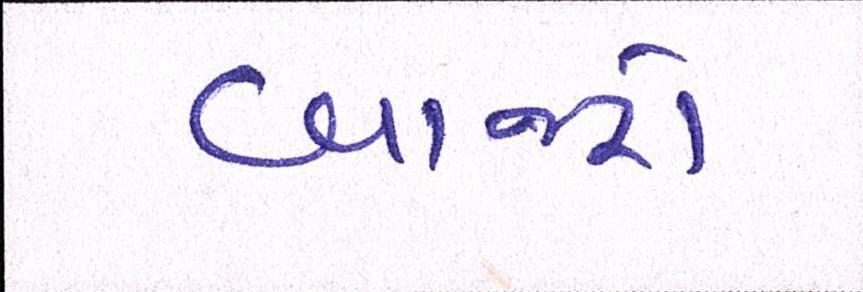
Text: બાજરો